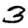
Digit: 3